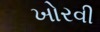
ખોરવી